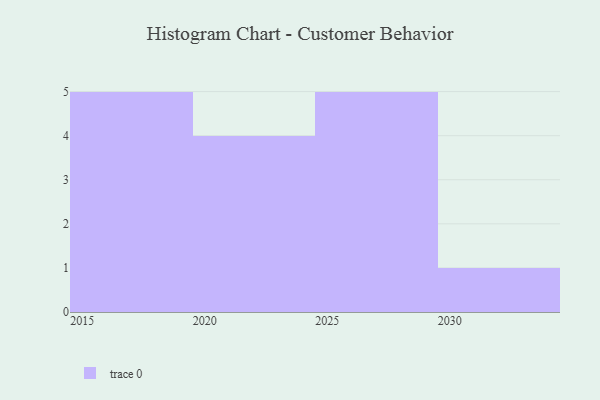
{"axis": {"x": "Year", "y": "Bounce Rate (%)"}, "legend": [""], "data": [{"x": "2029", "y": 82, "type": ""}, {"x": "2028", "y": 38, "type": ""}, {"x": "2023", "y": 72, "type": ""}, {"x": "2018", "y": 2, "type": ""}, {"x": "2016", "y": 4, "type": ""}, {"x": "2020", "y": 55, "type": ""}, {"x": "2027", "y": 80, "type": ""}, {"x": "2026", "y": 68, "type": ""}, {"x": "2015", "y": 100, "type": ""}, {"x": "2025", "y": 89, "type": ""}, {"x": "2019", "y": 86, "type": ""}, {"x": "2021", "y": 10, "type": ""}, {"x": "2030", "y": 51, "type": ""}, {"x": "2022", "y": 44, "type": ""}, {"x": "2017", "y": 82, "type": ""}]}